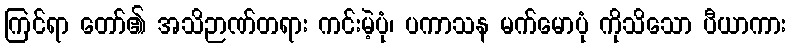
ကြင်ရာ တော်၏ အသိဉာဏ်တရား ကင်းမဲ့ပုံ၊ ပကာသန မက်မောပုံ ကိုသိသော ပီယာကား